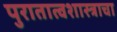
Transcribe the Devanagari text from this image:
पुरातात्वशास्त्राचा